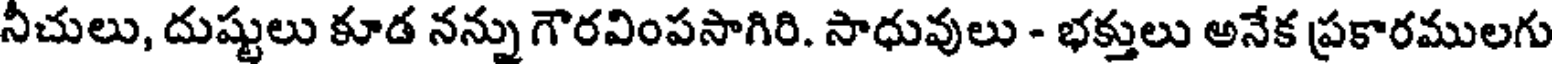
నీచులు, దుష్టులు కూడ నన్ను గౌరవింపసాగిరి. సాధువులు - భక్తులు అనేక ప్రకారములగు